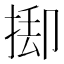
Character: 𢯃